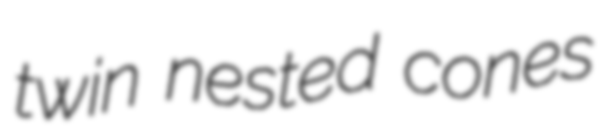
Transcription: twin nested cones